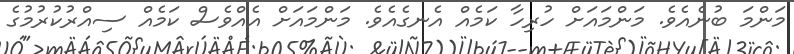
މަންމަ ބުނެއެވެ. މަންމައަށް ހުރިހާ ކަމެއް އެނގެއެވެ. މަންމައަށް އެއްވެސް ކަމެއް ސިއްރުކުރުމުގެ